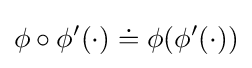
\phi \circ \phi ^{\prime }(\cdot )\doteq \phi (\phi ^{\prime }(\cdot ))